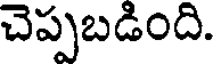
చెప్పబడింది.